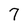
Character: 7